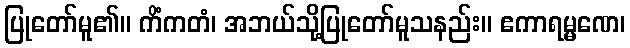
ပြုတော်မူ၏။ ကိံကတံ၊ အဘယ်သို့ပြုတော်မူသနည်း။ ဧကာရမ္မဏေ၊